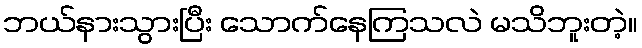
ဘယ်နားသွားပြီး သောက်နေကြသလဲ မသိဘူးတဲ့။